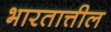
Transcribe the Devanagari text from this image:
भारतात्तील